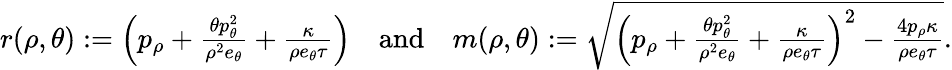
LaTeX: \begin{array}{r}{r(\rho,\theta):=\left(p_{\rho}+\frac{\theta p_{\theta}^{2}}{\rho^{2}e_{\theta}}+\frac{\kappa}{\rho e_{\theta}\tau}\right)\quad\mathrm{and}\quad m(\rho,\theta):=\sqrt{\left(p_{\rho}+\frac{\theta p_{\theta}^{2}}{\rho^{2}e_{\theta}}+\frac{\kappa}{\rho e_{\theta}\tau}\right)^{2}-\frac{4p_{\rho}\kappa}{\rho e_{\theta}\tau}}.}\end{array}